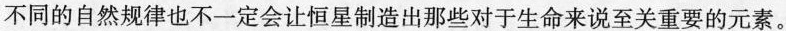
不同的自然规律也不一定会让恒星制造出那些对于生命来说至关重要的元素。